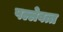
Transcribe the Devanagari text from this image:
पल्लेवत्त